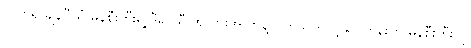
လက်ရှိ ချန်ပီယံ မန်စီးတီးရဲ့ ဒီရာသီ အလားအလာနဲ့ ပတ်သက်လို့ ရွိုင်ကိန်းက မန်စီးတီးကို